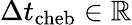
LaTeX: \Delta t_{\mathrm{cheb}}\in\mathbb{R}